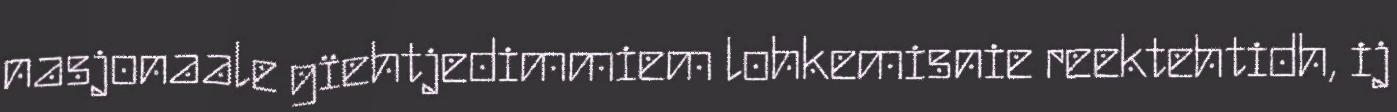
nasjonaale gïehtjedimmiem lohkemisnie reektehtidh, ij